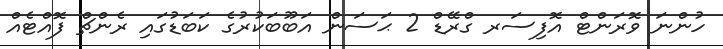
ހުންނަ ވޮރަންޓް އޮފިސަރ ގްރޭޑް 2 ޙަސަން އަބޫބަކުރުގެ ކަބަޑުގައި ރެންޗް ފޮއްޓެއް